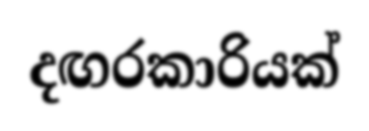
දඟරකාරියක්